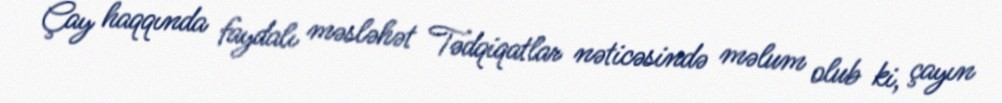
Çay haqqında faydalı məsləhət Tədqiqatlar nəticəsində məlum olub ki, çayın